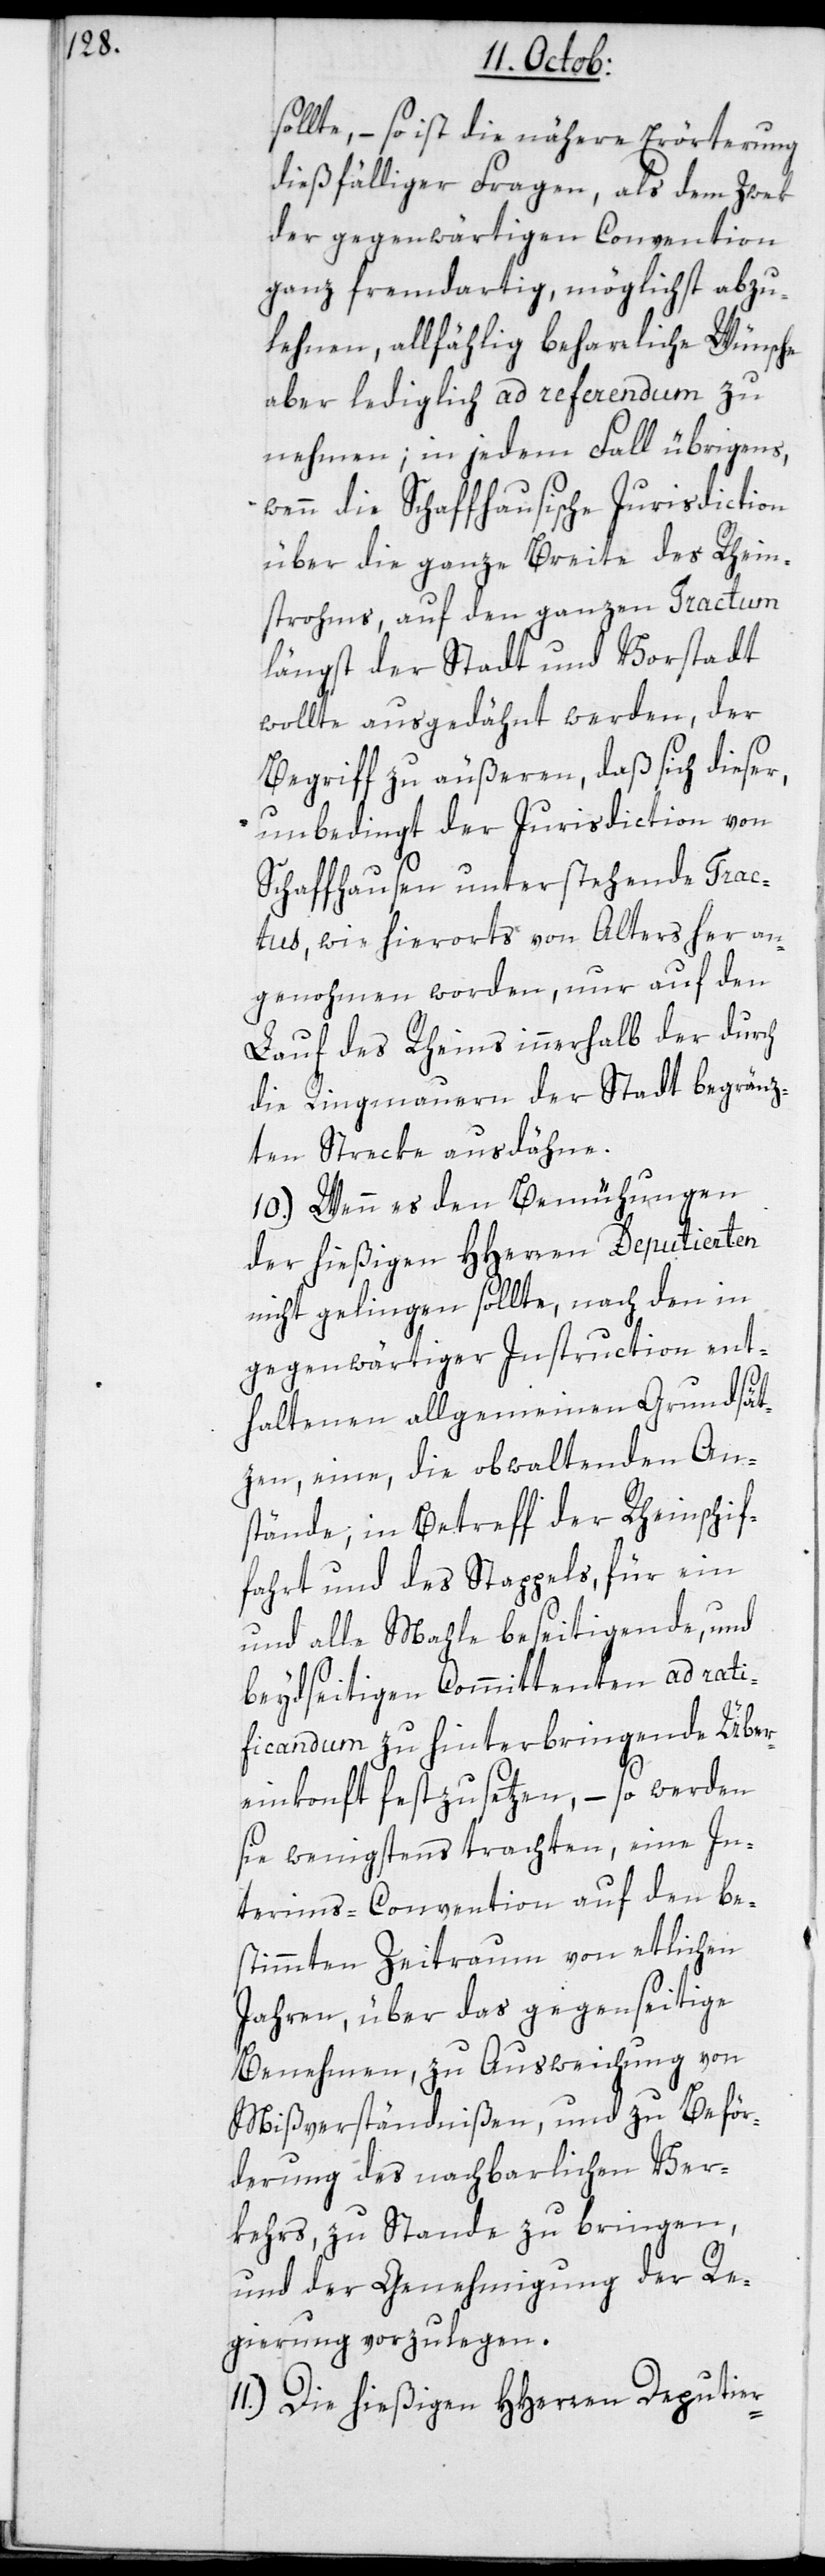
sollte, – so ist die nähere Erörterung
dießfälliger Fragen, als dem Zwek
der gegenwärtigen Convention
ganz fremdartig, möglichst abzu¬
lehenen, allfählig beharrliche Wünsche
aber lediglich ad referendum zu
nehmen; in jedem Fall übrigens,
wenn die Schaffhausische Jurisdiction
über die ganze Breite des Rhein¬
strohms, auf den ganzen Tractum
längst der Stadt und Vorstadt
wollte ausgedähnt werden, der
Begriff zu äußeren, daß sich dieser,
unbedingt der Jurisdiction von
Schaffhausen unterstehende Trac¬
tus, wie hierorts von Alters her an¬
genohmen worden, nur auf den
Lauf des Rheins innerhalb der durch
die Ringmauern der Stadt begränz¬
ten Strecke ausdähne.
10.) Wenn es den Bemühungen
der hießigen HHerren Deputierten
nicht gelingen sollte, nach den in
gegenwärtiger Instruction ent¬
haltenen allgemeinen Grundsät¬
zen, eine, die obwaltenden An¬
stände, in Betreff der Rheinschif¬
fahrt und des Stappels, für ein
und alle Mahle beseitigende und
beydseitigen Kommittenten ad rati¬
ficandum zu hinterbringende Über¬
einkonft festzusetzen, – so werden
sie wenigsten trachten, eine In¬
terims-Convention auf den be¬
stimmten Zeitraum von etlichen
Jahren, über das gegenseitige
Benehmen, zu Ausweichung von
Mißverständnißen, und zu Beför¬
derung des nachbarlichen Ver¬
kehrs, zu Stande zu bringen,
und der Genehmigung der Re¬
gierung vorzulegen.
11.) Die hießigen HHerren Deputier-